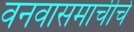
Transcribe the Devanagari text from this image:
वनवासमाचीचे